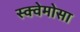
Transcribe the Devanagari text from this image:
स्क्वेमोसा